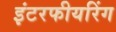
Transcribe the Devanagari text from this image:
इंटरफीयरिंग